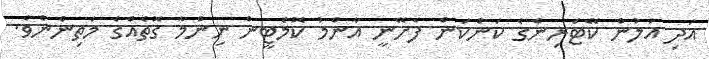
އަދި އަލުން ކޭޓަރިންގެ ކަންކަން ފެށޭނީ އާންމު ކޮމެޓީން ނިންމާ ގޮތެއްގެ މަތިންނެވެ.